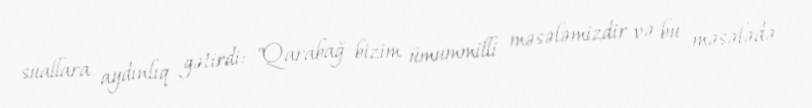
suallara aydınlıq gətirdi: "Qarabağ bizim ümummilli məsələmizdir və bu məsələdə